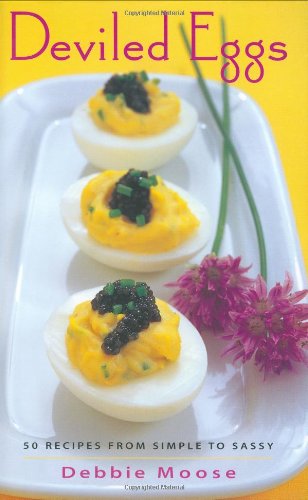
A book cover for Deviled Eggs: 50 Recipes from Simple to Sassy (50 Series); Debbie Moose; Cookbooks, Food & Wine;